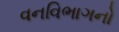
વનવિભાગનો